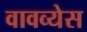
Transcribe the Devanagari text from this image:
वावव्येस